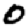
Digit: 0